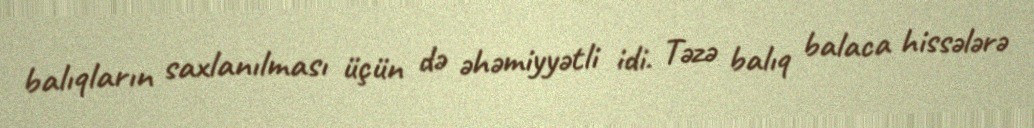
balıqların saxlanılması üçün də əhəmiyyətli idi. Təzə balıq balaca hissələrə